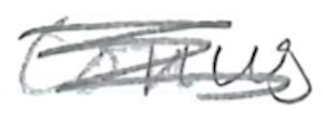
Text: Conus
Cross-out: mix
Writing tool: pencil